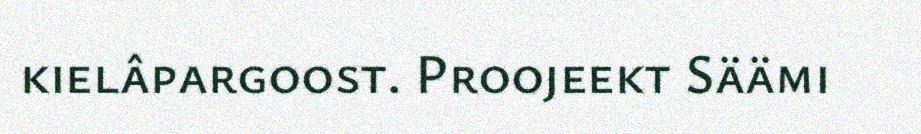
kielâpargoost. Proojeekt Säämi